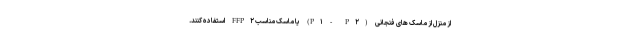
از منزل از ماسک های فنجانی (P۱ - P۲) یا ماسک مناسب FFP۲ استفاده کنند.